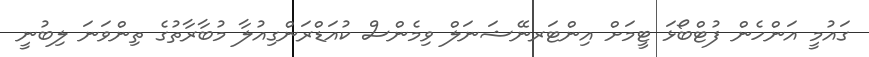
ގައުމީ އަންހެން ފުޓްބޯޅަ ޓީމަށް އިންޓަރނޭޝަނަލް ވިމެންސް ކުއަޑްރަންގިއުލާ މުބާރާތުގެ ތިންވަނަ ލިބުނީ